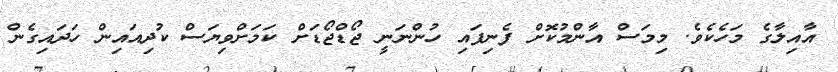
އާއިލާގެ މަހެކެވެ. މިމަސް އާންމުކޮށް ފެނިފައި ހުންނަނީ ޖޯޑްޖޯޑަށް ކަމަށްވިޔަސް ކުދިއައިން ހަދައިގެން